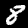
Label: 8